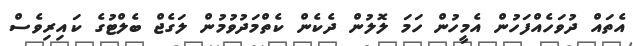
އެތައް ދުވަހެއްފަހުން އެމީހުން ހަމަ ލޮލުން ދެކެން ކެތްމަދުވުމުން ލަގެޖް ބެލްޓުގެ ކައިރިވެސް